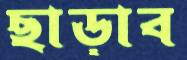
ছাড়াব